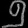
Digit: ၅